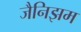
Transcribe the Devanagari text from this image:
जैनिझम